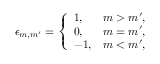
\epsilon _ { m , m ^ { \prime } } = \left\{ \begin{array} { l l } { { 1 , } } & { { m > m ^ { \prime } , } } \\ { { 0 , } } & { { m = m ^ { \prime } , } } \\ { { - 1 , } } & { { m < m ^ { \prime } , } } \end{array} \right.